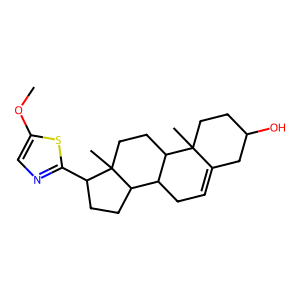
SMILES: COc1cnc(C2CCC3C4CC=C5CC(O)CCC5(C)C4CCC23C)s1
Inhibits HIV replication: No